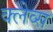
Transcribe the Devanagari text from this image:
क्लेव्स